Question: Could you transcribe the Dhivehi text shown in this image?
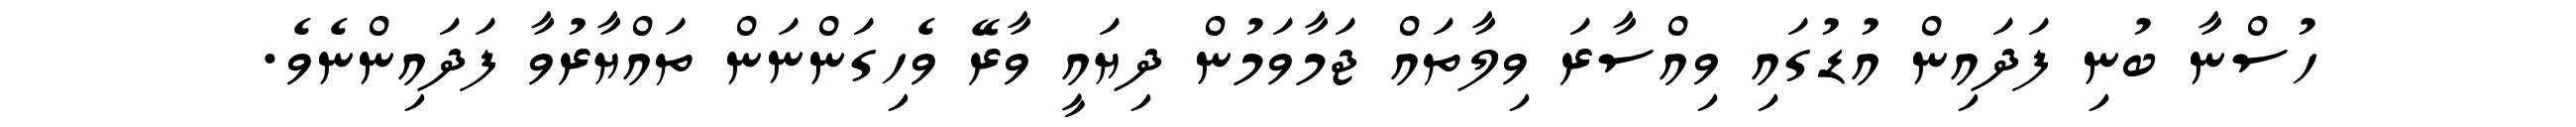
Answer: ހުސްނާ ބުނި ފަދައިން އުޑުގައި ވިއްސާރަ ވިލާތައް ޖަމާވަމުން ދިޔައީ ވާރޭ ވެހިގަންނަން ތައްޔާރުވާ ފަދައިންނެވެ.